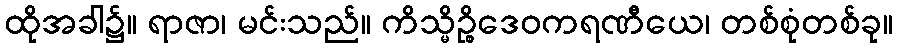
ထိုအခါ၌။ ရာဇာ၊ မင်းသည်။ ကိသ္မိဉ္စိဒေဝကရဏီယေ၊ တစ်စုံတစ်ခု။